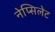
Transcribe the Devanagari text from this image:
नेप्सिलेट